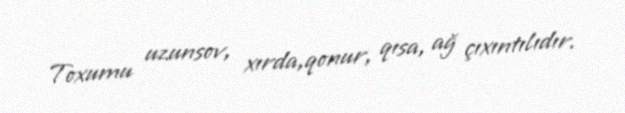
Toxumu uzunsov, xırda,qonur, qısa, ağ çıxıntılıdır.